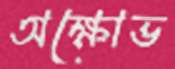
অক্ষোভ